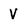
Character: v